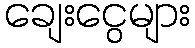
ချေးငွေများ